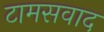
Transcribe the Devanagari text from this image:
टामसवाद